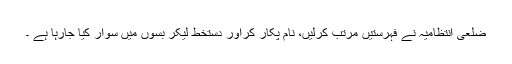
ضلعی انتظامیہ نے فہرستیں مرتب کرلیں، نام پکار کراور دستخط لیکر بسوں میں سوار کیا جارہا ہے ۔